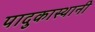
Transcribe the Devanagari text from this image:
पादुकास्थानी